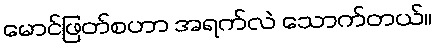
မောင်ဖြတ်စဟာ အရက်လဲ သောက်တယ်။